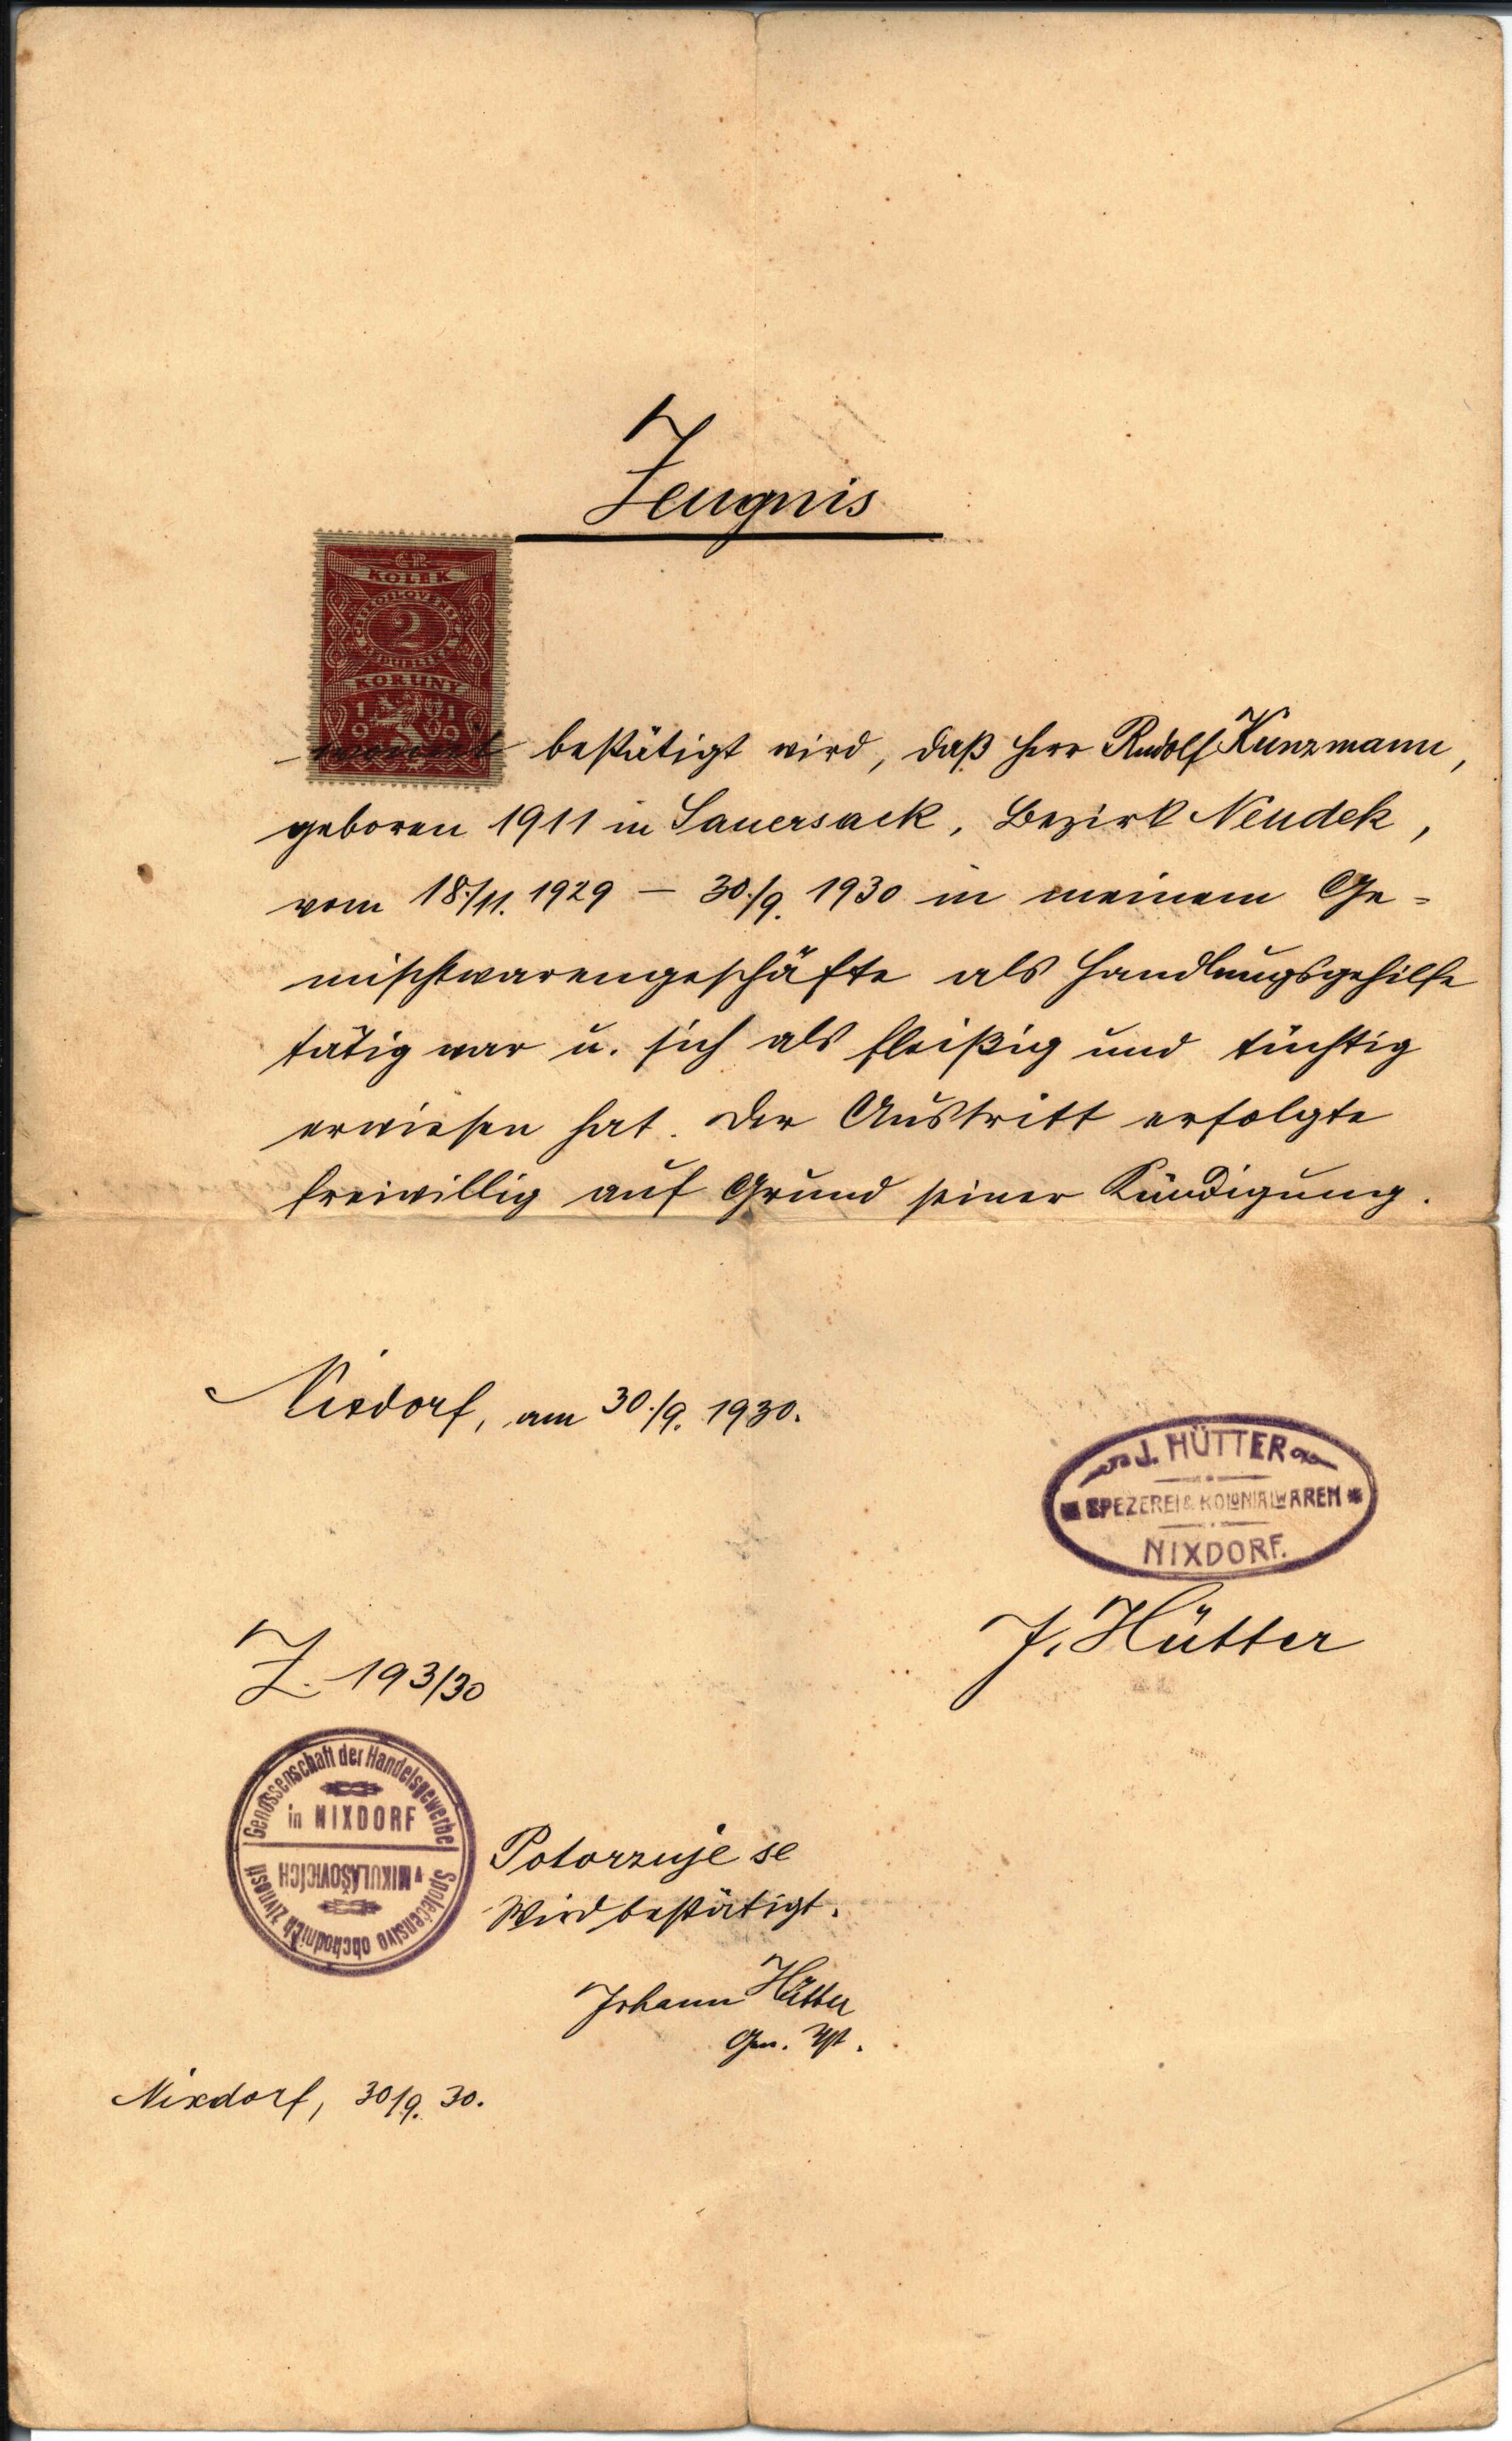
Zeugnis
hiermit bestätigt wird, daß Herr Rudolf Kunzmann,
geboren 1911 in Sauersack, Bezirk Neudek,
vom 18./11. 1929 - 30./9. 1930 in meinem Ge¬
mischtwarengeschäfte als Handlungsgehilfe
tätig war u. sich als fleißig und tüchtig
erwiesen hat. Der Austritt erfolgte
freiwillig auf Grund seiner Kündigung.
Nixdorf, am 30./9. 1930
J. Hütter
Z. 193/30
Potorznje se
Wird bestätigt.
Johann Hütter
Gen. Vst.
Nixdorf, 30./9. 30.